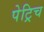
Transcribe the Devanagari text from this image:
पेट्रिच